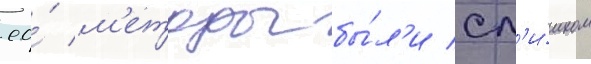
ео́ м'етоды бы́л'и сл'и́шком